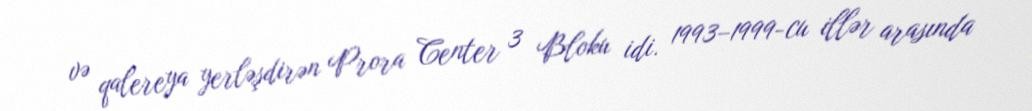
və qalereya yerləşdirən Prora Center 3 Bloku idi. 1993–1999-cu illər arasında